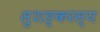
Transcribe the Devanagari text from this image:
सुशङ्करस्य